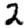
Digit: 2